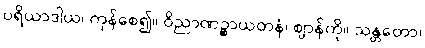
ပရိယာဒါယ၊ ကုန်စေ၍။ ဝိညာဏဉ္စာယတနံ၊ ဈာန်ကို။ သန္တတော၊